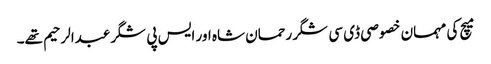
میچ کی مہمان خصوصی ڈی سی شگر رحمان شاہ اور ایس پی شگرعبدالرحیم تھے۔